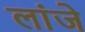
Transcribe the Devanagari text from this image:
लांजे